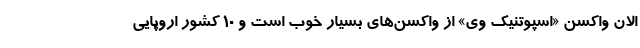
الان واکسن «اسپوتنیک وی» از واکسن‌های بسیار خوب است و ۱۰ کشور اروپایی